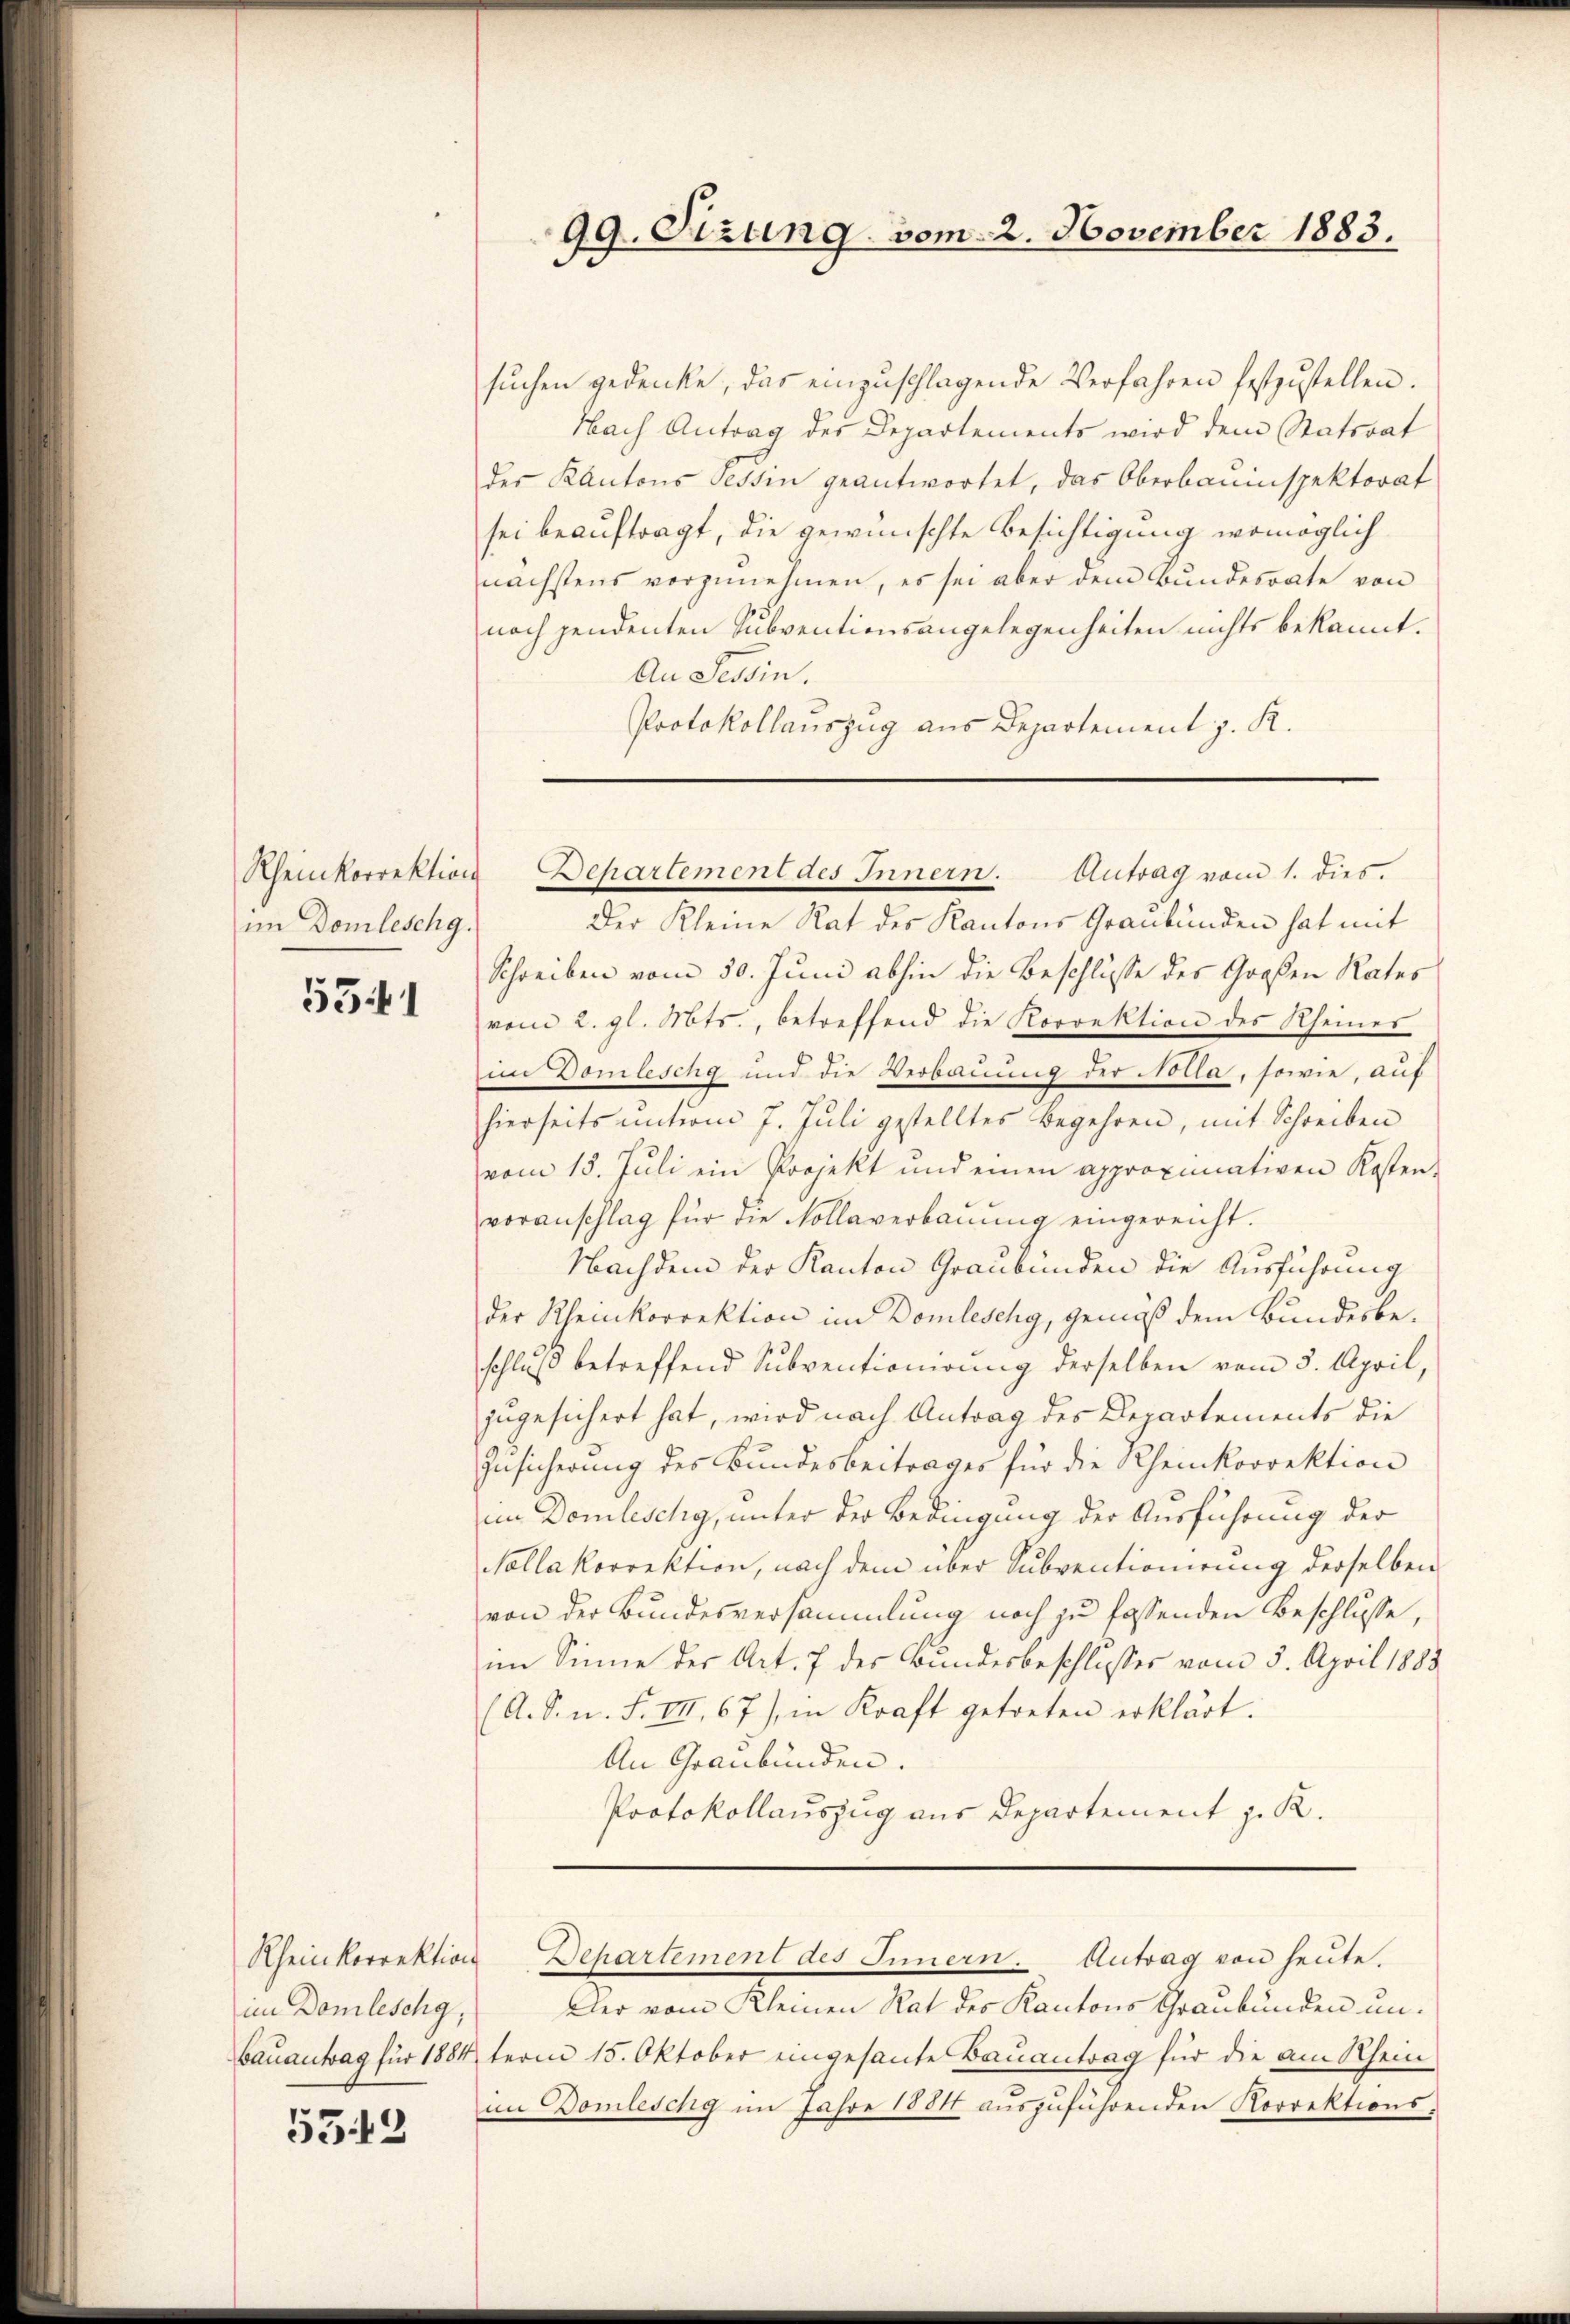
Rheinkorrektion
im Domleschg.

5341

im Domleschg,

5543

sŭchen gedenke, das einzŭschlagende Verfahren festzustellen.
Nach Antrag des Departements wird dem Statsrat
des Kantons Tessin geantwortet, das Oberbauinspektorat
sei beauftragt, die gewünschte Besichtigung womöglich
nächstens vorzunehmen, es sei aber dem Bundesrate von
noch pendenten Subventionsangelegenheiten nichts bekannt.
An Tessin.
Protokollauszug aus Departement z. R.

99. Sizung vom 2. November 1883.

Behartement des Innern. Antrag vom 1. dies.

Der Kleine Rat des Kantons Graubünden hat mit
Schreiben vom 30. Juni abhin die Beschlüsse des Großen Rates
vom 2. gl. Mts., betreffend die Korrektion des Rheines
im Domleschg und die Verbauung der Nolla, sowie, auf
hierseits ŭnterm 7. Juli gestelltes Begehren, mit Schreiben
vom 15. Juli ein Projekt und einen approximativen Kosten-
voranschlag für die Kollaverbaŭŭng eingereicht.
Nachdem der Kanton Graubünden die Ausführung
der Rheinkorrektion im Domleschy, gemäß dem Bundesbeschluß betreffend Subventionirung derselben vom 3. April,
zugesichert hat, wird nach Antrag des Departements die
Zusicherung des Bundesbeitrages für die Rheinkorrektion
im Domleschy, unter der Bedingung der Ausführung der
Valla korrektion, nach dem über Subventionirung derselben
von der Bundesversammlung noch zu fassenden Beschlusse,
im Sinne der Art. 7 des Bundesbeschlusses vom 5. April 1888
(A. S. n. F. III 67) in Kraft getreten erklärt.
An Graubünden.
Protokollauszug aus Departement z. R.

Der vom Kleinen Rat des Kantons Graubünden un¬
Bauantrag für 1884 term 15. Oktober eingesante Bauantrag für die am Rhein
im Domleschy im Jahre 1884 aŭszŭführenden Korrektions-

Rheinkorrektion Departement des Innern. Antrag von heute.